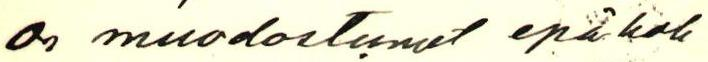
on muodostunut epäkoh